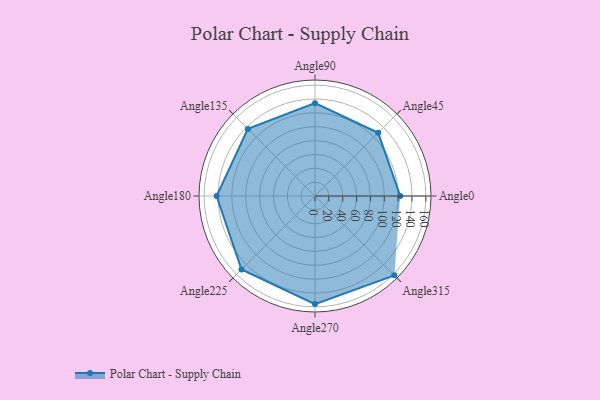
{"axis": {"x": "Angle", "y": "Radius"}, "legend": [""], "data": [{"x": "Angle0", "y": 123.0, "type": ""}, {"x": "Angle45", "y": 129.0, "type": ""}, {"x": "Angle90", "y": 134.0, "type": ""}, {"x": "Angle135", "y": 137.0, "type": ""}, {"x": "Angle180", "y": 142.0, "type": ""}, {"x": "Angle225", "y": 150.0, "type": ""}, {"x": "Angle270", "y": 156.0, "type": ""}, {"x": "Angle315", "y": 162.0, "type": ""}]}